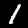
Label: 1